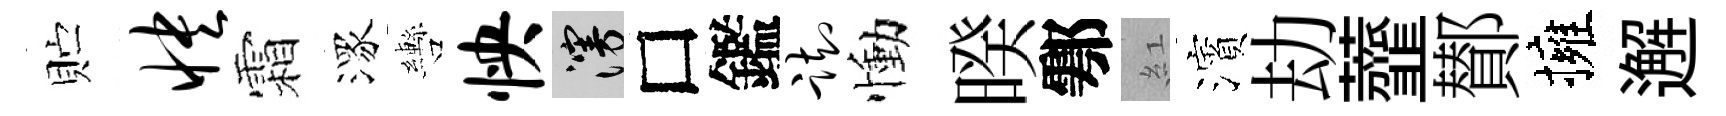
贮怏霜潈轡怏漫□鑑踟慟暌鄠紅濱劫虀鄼擁邂